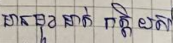
មានមុខមាត់ កិត្តិយស